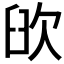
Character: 𦥞